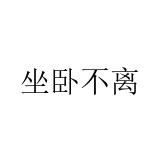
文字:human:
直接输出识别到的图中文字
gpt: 坐卧不离